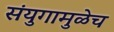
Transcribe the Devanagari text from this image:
संयुगामुळेच